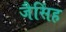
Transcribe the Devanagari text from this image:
जैसिंह